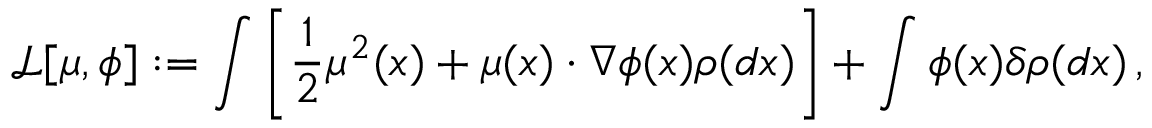
{ \mathcal L } [ \mu , \phi ] : = \int \left[ \frac { 1 } { 2 } \mu ^ { 2 } ( x ) + \mu ( x ) \cdot \nabla \phi ( x ) \rho ( d x ) \right] + \int \phi ( x ) \delta \rho ( d x ) \, ,